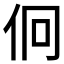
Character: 𠇶